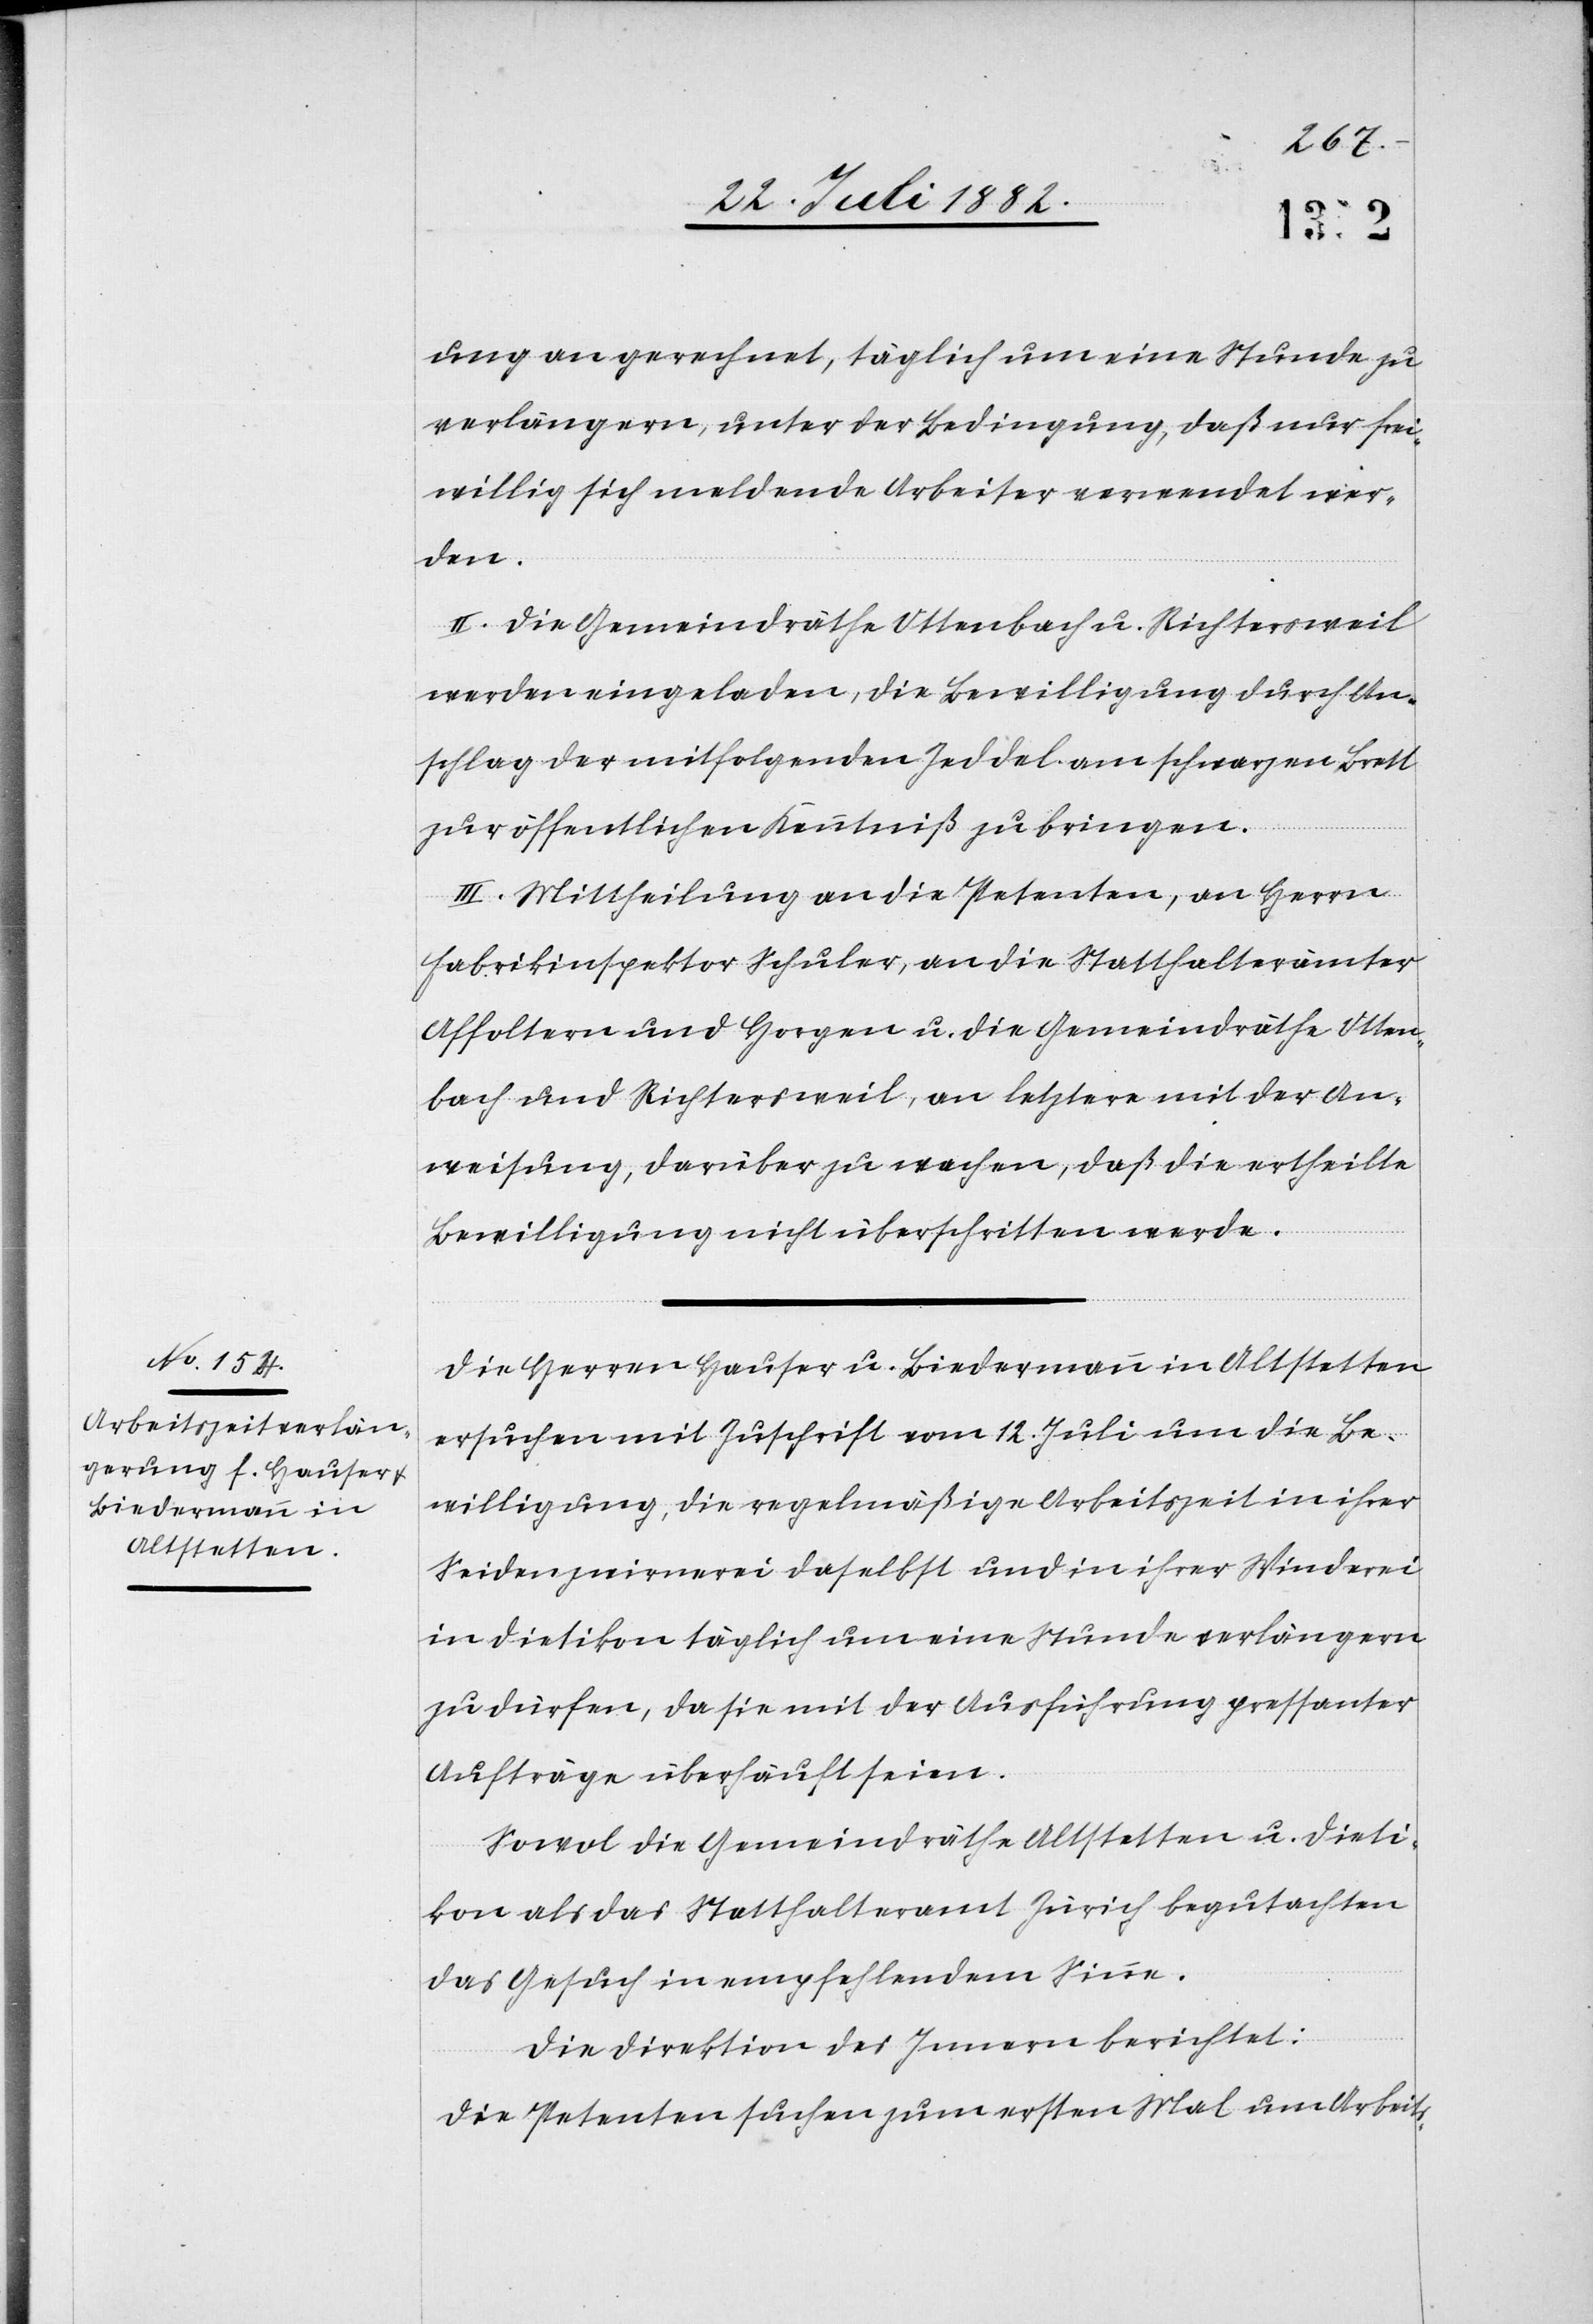
ung an gerechnet, täglich um eine Stunde zu
verlängern, unter der Bedingung, daß nur frei¬
willig sich meldende Arbeiter verwendet wer¬
den.
II. Die Gemeinderäthe Ottenbach u. Richtersweil
werden eingeladen, die Bewilligung durch An¬
schlag der mitfolgenden Zeddel am schwarzen Brett
zur öffentlichen Kenntniß zu bringen.
III. Mittheilung an die Petenten, an Herrn
Fabrikinspektor Schuler, an die Statthalterämter
Affoltern und Horgen u. die Gemeindräthe Otten¬
bach und Richtersweil, an letztere mit der An¬
weisung, darüber zu wachen, daß die ertheilte
Bewilligung nicht überschritten werde.
Die Herren Hauser u. Biedermann in Altstetten
ersuchen mit Zuschrift vom 12. Juli um die Be¬
willigung, die regelmäßige Arbeitszeit in ihrer
Siedenzwirrnerei daselbst und in ihrer Winderei
in Dietikon täglich um eine Stunde verlängern
zu dürfen, da sie mit der Ausführung pressanter
Aufträge überhäuft seien.
Sowol die Gemeindräthe Altstetten u. Dieti¬
kon als das Statthalteramt Zürich begutachten
das Gesuch in empfehlendem Sinne.
Die Direktion des Innern berichtet:
Die Petenten suchen zum ersten Mal um Arbeits-